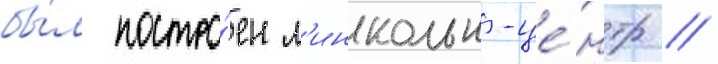
бы́л постро́ен л'инкольн-це́нтр //